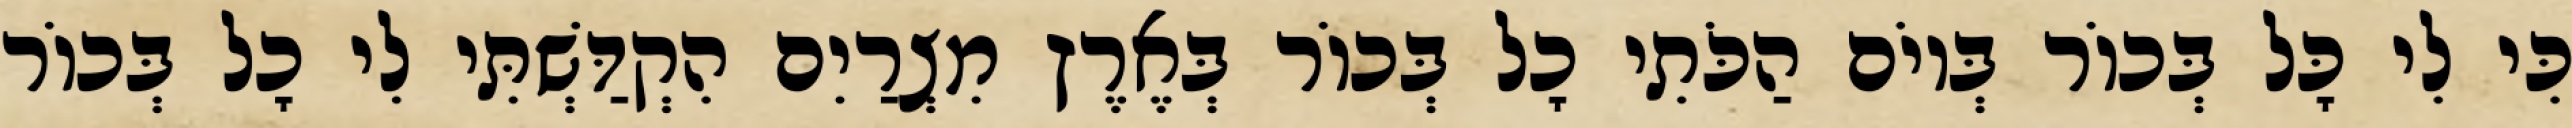
כִּי לִי כָּל בְּכוֹר בְּיוֹם הַכֹּתִי כָל בְּכוֹר בְּאֶרֶץ מִצְרַיִם הִקְדַּשְׁתִּי לִי כָל בְּכוֹר